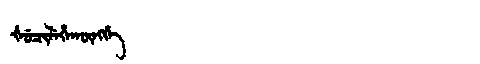
Manchu: ᡧᡠᠴᡳᠯᡝᡥᠠᡴᡡᠩᡤᡝ
Romanization: ŠUCILEHAKŪNGGE